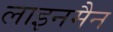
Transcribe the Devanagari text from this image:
लाइनमैन